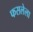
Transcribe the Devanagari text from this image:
फसलेला